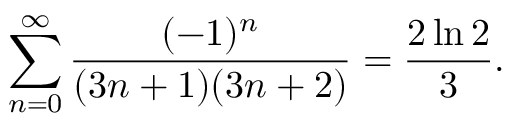
\sum _ { n = 0 } ^ { \infty } { \frac { ( - 1 ) ^ { n } } { ( 3 n + 1 ) ( 3 n + 2 ) } } = { \frac { 2 \ln 2 } { 3 } } .